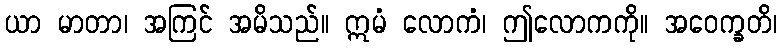
ယာ မာတာ၊ အကြင် အမိသည်။ ဣမံ လောကံ၊ ဤလောကကို။ အဝေက္ခတိ၊